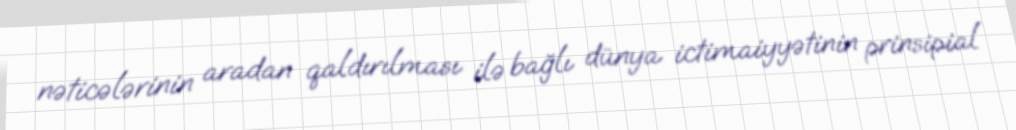
nəticələrinin aradan qaldırılması ilə bağlı dünya ictimaiyyətinin prinsipial